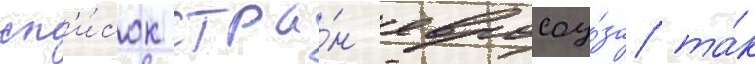
сп'и́сок стра́н евросоу́за та́к